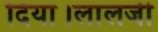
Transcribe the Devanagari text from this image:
दिया।लालजी